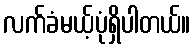
လက်ခံမယ့်ပုံရှိပါတယ်။